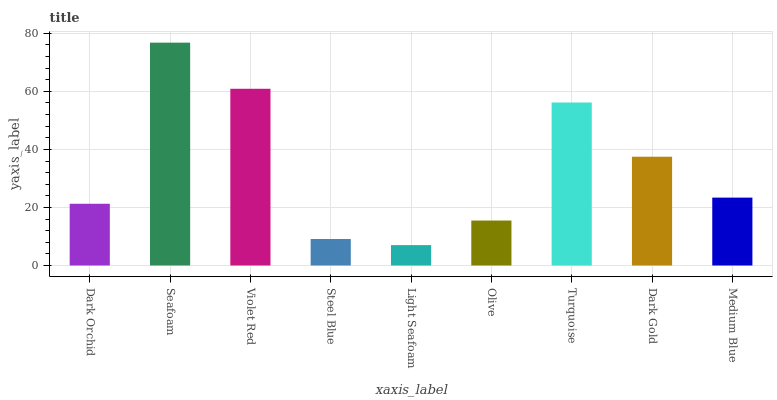
| xaxis_label | bars |
 | --- | --- |
 | Dark Orchid | 21.3 |
 | Seafoam | 76.8 |
 | Violet Red | 60.9 |
 | Steel Blue | 9.13 |
 | Light Seafoam | 7.03 |
 | Olive | 15.5 |
 | Turquoise | 56.2 |
 | Dark Gold | 37.5 |
 | Medium Blue | 23.4 |